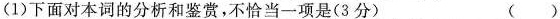
(1)下面对本词的分析和鉴赏，不恰当一项是(3分) ( )